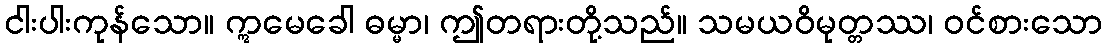
ငါးပါးကုန်သော။ ဣမေခေါ ဓမ္မာ၊ ဤတရားတို့သည်။ သမယဝိမုတ္တဿ၊ ဝင်စားသော